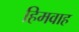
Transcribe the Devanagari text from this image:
हिमवाह